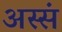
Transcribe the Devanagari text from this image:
अस्सं